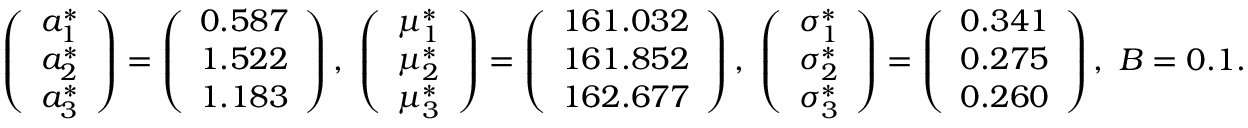
\begin{array} { r } { \left( \begin{array} { l } { a _ { 1 } ^ { * } } \\ { a _ { 2 } ^ { * } } \\ { a _ { 3 } ^ { * } } \end{array} \right) = \left( \begin{array} { l } { 0 . 5 8 7 } \\ { 1 . 5 2 2 } \\ { 1 . 1 8 3 } \end{array} \right) , \ \left( \begin{array} { l } { \mu _ { 1 } ^ { * } } \\ { \mu _ { 2 } ^ { * } } \\ { \mu _ { 3 } ^ { * } } \end{array} \right) = \left( \begin{array} { l } { 1 6 1 . 0 3 2 } \\ { 1 6 1 . 8 5 2 } \\ { 1 6 2 . 6 7 7 } \end{array} \right) , \ \left( \begin{array} { l } { \sigma _ { 1 } ^ { * } } \\ { \sigma _ { 2 } ^ { * } } \\ { \sigma _ { 3 } ^ { * } } \end{array} \right) = \left( \begin{array} { l } { 0 . 3 4 1 } \\ { 0 . 2 7 5 } \\ { 0 . 2 6 0 } \end{array} \right) , \ B = 0 . 1 . } \end{array}